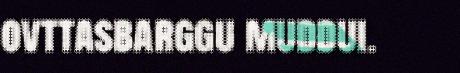
ovttasbarggu muddui.